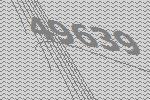
49639